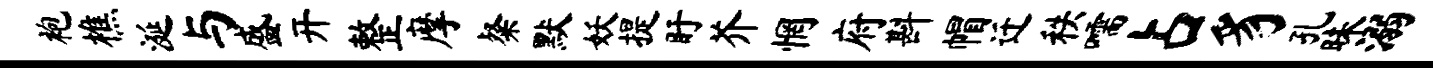
袍樵涎与盛开整摩粲默妖提盱芥惘府斟帽迁秩嚅占豸孔昧溺